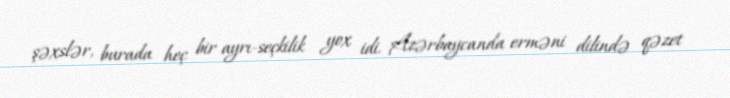
şəxslər, burada heç bir ayrı-seçkilik yox idi. Azərbaycanda erməni dilində qəzet